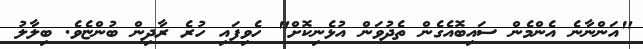
"އަންނާނެ އެންމެން ސައިބޮއެގެން ތެދުވަން އުޅެނިކޮށް" ހެވިފައި ހުރެ ރާދިން ބުންޏެވެ. ބިލާލު